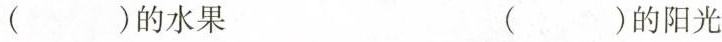
()的水果 ()的阳光